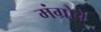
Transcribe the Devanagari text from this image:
मंग्रोवे